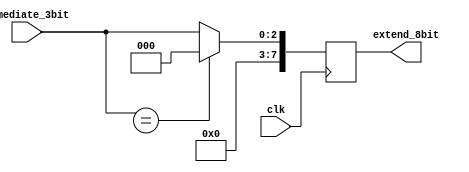
`timescale 1ns / 1ps
//////////////////////////////////////////////////////////////////////////////////
// Company: 
// Engineer: 
// 
// Design Name: 
// Module Name: sign_extend
// Project Name: 
// Target Devices: 
// Tool Versions: 
// Description: 
// 
// Dependencies: 
// 
// Revision:
// Revision 0.01 - File Created
// Additional Comments:
// 
//////////////////////////////////////////////////////////////////////////////////


module sign_extend(
    output reg [7:0] extend_8bit,
    input wire [2:0] immediate_3bit,
    input wire clk
);

always @(posedge clk) begin 
    extend_8bit <= immediate_3bit;
    if(immediate_3bit == 3'bxxx) extend_8bit <= 8'h00;
end

endmodule